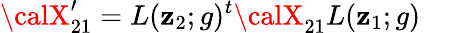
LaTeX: {\calX}_{21}^{\prime}=L(\mathbf{z}_{2};g)^{t}{\calX}_{21}L(\mathbf{z}_{1};g)~~~~~